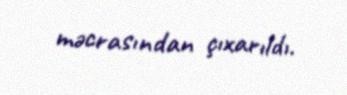
məcrasından çıxarıldı.